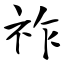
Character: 祚